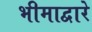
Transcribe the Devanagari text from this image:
भीमाद्वारे